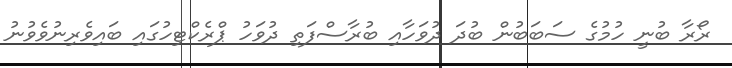
ރޯރާ ބުނީ ހުމުގެ ސަބަބުން ބުދަ ދުވަހާއި ބުރާސްފަތި ދުވަހު ޕްރެކްޓިހުގައި ބައިވެރިނުވެވުނު